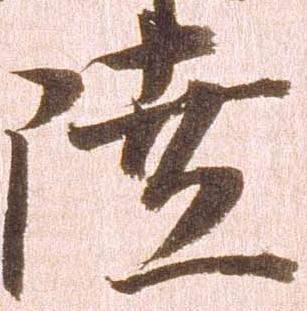
陸